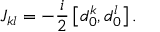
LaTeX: J _ { k l } = - \frac { i } { 2 } \left[ d _ { 0 } ^ { k } , d _ { 0 } ^ { l } \right] .